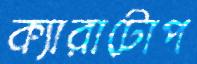
ক্যারাটোপ